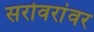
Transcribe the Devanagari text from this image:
सरोवरांवर